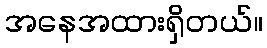
အနေအထားရှိတယ်။